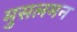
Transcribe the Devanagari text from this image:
मुसलमन